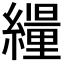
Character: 𦆊